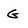
Character: G